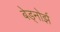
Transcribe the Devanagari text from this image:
बेड्नोर्झ